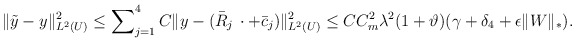
\begin{align*}\Vert\tilde{y} - y \Vert^2_{L^2(U)} & \le \sum\nolimits^4_{j=1} C\Vert y - (\bar{R}_j\,\cdot + \bar{c}_j)\Vert^2_{L^2(U)} \le C C_m^2 \lambda^2 (1+ \vartheta) (\gamma + \delta_4 + \epsilon \Vert W \Vert_*).\end{align*}